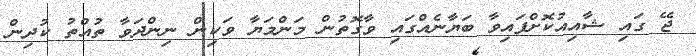
ޖޭ ގައި ޝާއިއުކޮށްފައިވާ ބަޔާނެއްގައި ވާގޮތުން މަންމަޔާ ވަކިން ނިންދަވާ ތުއްތު ކުދިން